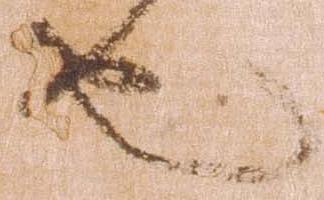
也